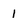
Character: 1